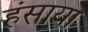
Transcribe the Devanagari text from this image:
हंसाया